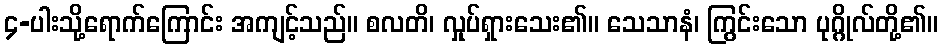
၄-ပါးသို့ရောက်ကြောင်း အကျင့်သည်။ စလတိ၊ လှုပ်ရှားသေး၏။ သေသာနံ၊ ကြွင်းသော ပုဂ္ဂိုလ်တို့၏။